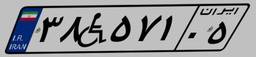
۳۸W۵۷۱۰۵